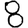
Digit: 8